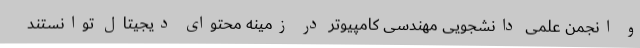
و انجمن علمی دانشجویی مهندسی کامپیوتر در زمینه محتوای دیجیتال توانستند